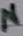
Text: N